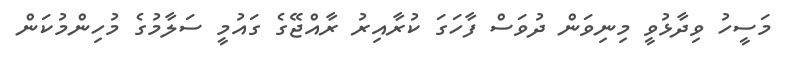
މަސީހު ވިދާޅުވީ މިނިވަން ދުވަސް ފާހަގަ ކުރާއިރު ރާއްޖޭގެ ގައުމީ ސަލާމުގެ މުހިންމުކަން